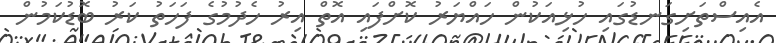
އެއިސްތަށިގަނޑުގައި ހުޅިއަކުން ހައްޔަރު ކޮށްފައި އޮތް އިރު ހެދުމުގެ ފަހަތު ކަރު ބޮޑުކަމުން